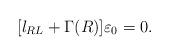
LaTeX: \begin{align*} [l_{RL}+\Gamma(R)]\varepsilon_0=0.\end{align*}